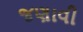
જણાવી